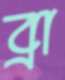
ব্রা